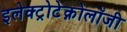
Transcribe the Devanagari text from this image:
इलेक्ट्रोटेक्नोलॉजी